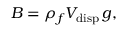
B = \rho _ { f } V _ { \mathrm { d i s p } } \, g ,